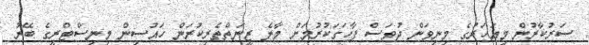
ސަރުކާރުން މިއަހަރުގެ މިނިވަން ދުވަސް ފާހަގަކުރުމަށް މާލެ ޒީނަތްތެރިކުރަން ހައުސިން މިނިސްޓްރީގެ ބޭރު